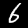
Label: 6